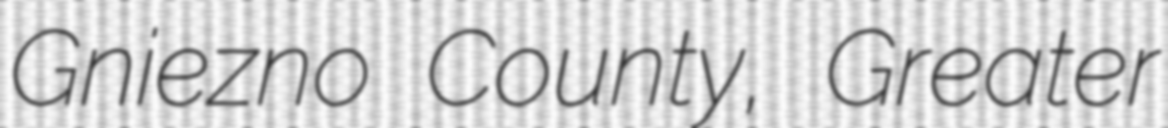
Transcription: Gniezno County, Greater